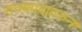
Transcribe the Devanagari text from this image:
राज्यपदावरुन